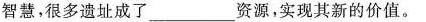
智慧，很多遗址成了___资源，实现其新的价值。